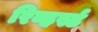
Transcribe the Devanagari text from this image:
रिव्हर्स्ड